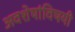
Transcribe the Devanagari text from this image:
अवशेषांविषयी